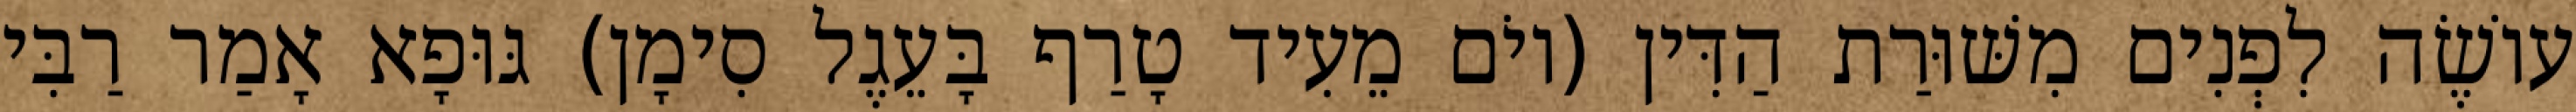
עוֹשֶׂה לִפְנִים מִשּׁוּרַת הַדִּין (יוֹם מֵעִיד טָרַף בָּעֵגֶל סִימָן) גּוּפָא אָמַר רַבִּי